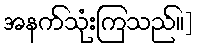
အနက်သုံးကြသည်။]